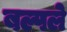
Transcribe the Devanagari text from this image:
बल्पले